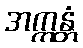
အက္ကန္တံ